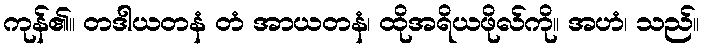
ကုန်၏။ တဒါယတနံ တံ အာယတနံ၊ ထိုအရိယဖိုလ်ကို။ အဟံ၊ သည်။